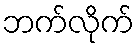
ဘက်လိုက်